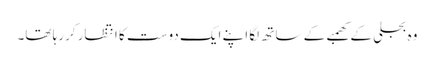
وہ بجلی کے کھمبے کے ساتھ لگا اپنے ایک دوست کا انتظار کررہا تھا۔